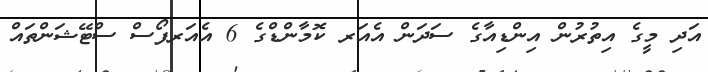
އަދި މީގެ އިތުރުން އިންޑިއާގެ ސަދަން އެއަރ ކޮމާންޑްގެ 6 އެއަރފޯސް ސްޓޭޝަންތައް